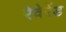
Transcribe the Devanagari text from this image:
रेवेरेंड